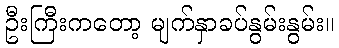
ဦးကြီးကတော့ မျက်နှာခပ်နွမ်းနွမ်း။